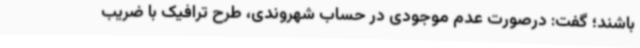
باشند؛ گفت: درصورت عدم موجودی در حساب شهروندی، طرح ترافیک با ضریب